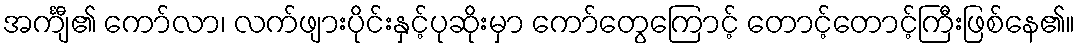
အင်္ကျီ၏ ကော်လာ၊ လက်ဖျားပိုင်းနှင့်ပုဆိုးမှာ ကော်တွေကြောင့် တောင့်တောင့်ကြီးဖြစ်နေ၏။